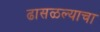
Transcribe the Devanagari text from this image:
ढासळल्याचा